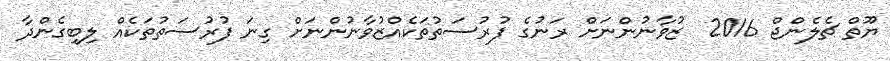
ޔޫތް ޗެލެންޖް 2016  ޒުވާނުންނަށް ރަނުގެ ފުރުސަތުތަކެއްޒުވާނުންނަށް ގިނަ ފުރުސަތުތަކެއް ލިބިގެންދާ